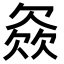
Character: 𣣓